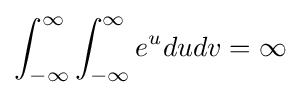
\int _{-\infty }^{\infty }\int _{-\infty }^{\infty }e^{u}dudv=\infty